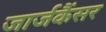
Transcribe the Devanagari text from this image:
जार्जकैंसर